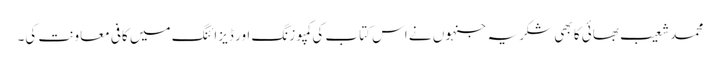
محمد شعیب بھائی کا بھی شکریہ جنہوں نے اس کتاب کی کمپوزنگ اور ڈیزائنگ میں کافی معاونت کی۔